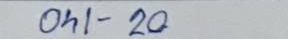
041 - 20